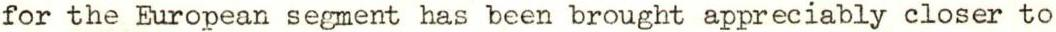
for the European segment has been brought appreciably closer to